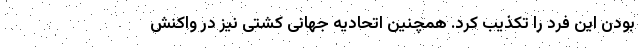
بودن این فرد را تکذیب کرد. همچنین اتحادیه جهانی کشتی نیز در واکنش